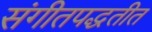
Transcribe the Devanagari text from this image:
संगीतपद्धतीत